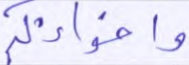
وإخوانكم